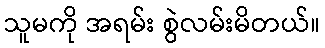
သူမကို အရမ်း စွဲလမ်းမိတယ်။